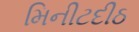
મિનીટદીઠ